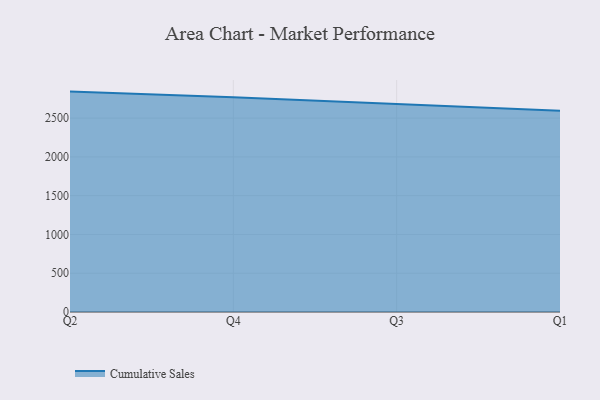
{"axis": {"x": "Quarter", "y": "Inventory Turnover"}, "legend": ["Cumulative Sales"], "data": [{"x": "Q2", "y": 2841.9, "type": "Cumulative Sales"}, {"x": "Q4", "y": 2768.5, "type": "Cumulative Sales"}, {"x": "Q3", "y": 2682.9, "type": "Cumulative Sales"}, {"x": "Q1", "y": 2596.0, "type": "Cumulative Sales"}]}